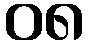
၀၈